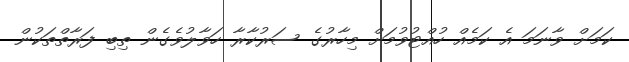
ކަމަށް ވާނަމަ އެ ކަމެއް ހުއްޓުވުމަށް މިހާރުގެ ސަރުކާރާ ހަވާލުވެގެން ތިބި ފަރާތްތަކުން